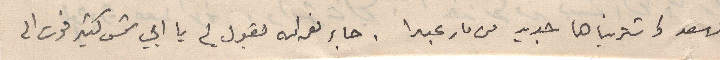
لاسعد واشتريناها جديد من مار عبدا . جاء نعمه الله يقول لي يا ابي شمس كتير فوت الى